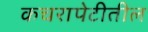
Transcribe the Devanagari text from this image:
कचरापेटीतील